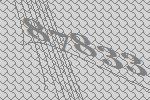
87833